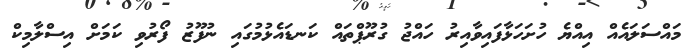
މައްސަލައެއް އިއްޔެ ހުށަހަޅާފައިވާއިރު ހައްޖު ގުރޫޕްތައް ކަނޑައެޅުމުގައި ނުފޫޒު ފޯރުވި ކަމަށް އިސްލާމިކް